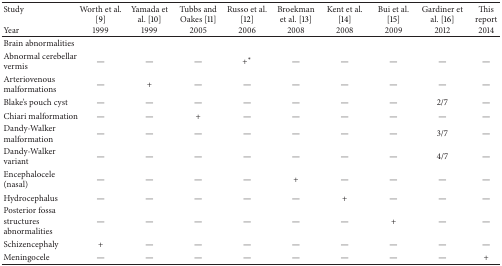
<table><thead><tr><td><b>Study</b></td><td><b>Worth et al. [9]</b></td><td><b>Yamada et al. [10]</b></td><td><b>Tubbs and Oakes [11]</b></td><td><b>Russo et al. [12]</b></td><td><b>Broekman et al. [13]</b></td><td><b>Kent et al. [14]</b></td><td><b>Bui et al. [15]</b></td><td><b>Gardiner et al. [16]</b></td><td><b>This report</b></td></tr><tr><td><b>Year</b></td><td><b>1999</b></td><td><b>1999</b></td><td><b>2005</b></td><td><b>2006</b></td><td><b>2008</b></td><td><b>2008</b></td><td><b>2009</b></td><td><b>2012</b></td><td><b>2014</b></td></tr></thead><tbody><tr><td>Brain abnormalities</td><td> </td><td> </td><td> </td><td> </td><td> </td><td> </td><td> </td><td> </td><td> </td></tr><tr><td>Abnormal cerebellar vermis </td><td>—</td><td>—</td><td>—</td><td>+<sup>*</sup></td><td>—</td><td>—</td><td>—</td><td>—</td><td>—</td></tr><tr><td>Arteriovenous malformations</td><td>—</td><td>+</td><td>—</td><td>—</td><td>—</td><td>—</td><td>—</td><td>—</td><td>—</td></tr><tr><td>Blake&#x27;s pouch cyst</td><td>—</td><td>—</td><td>—</td><td>—</td><td>—</td><td>—</td><td>—</td><td>2/7</td><td>—</td></tr><tr><td>Chiari malformation</td><td>—</td><td>—</td><td>+</td><td>—</td><td>—</td><td>—</td><td>—</td><td>—</td><td>—</td></tr><tr><td>Dandy-Walker malformation</td><td>—</td><td>—</td><td>—</td><td>—</td><td>—</td><td>—</td><td>—</td><td>3/7</td><td>—</td></tr><tr><td>Dandy-Walker variant</td><td>—</td><td>—</td><td>—</td><td>—</td><td>—</td><td>—</td><td>—</td><td>4/7</td><td>—</td></tr><tr><td>Encephalocele (nasal)</td><td>—</td><td>—</td><td>—</td><td>—</td><td>+</td><td>—</td><td>—</td><td>—</td><td>—</td></tr><tr><td>Hydrocephalus</td><td>—</td><td>—</td><td>—</td><td>—</td><td>—</td><td>+</td><td>—</td><td>—</td><td>—</td></tr><tr><td>Posterior fossa structures abnormalities</td><td>—</td><td>—</td><td>—</td><td>—</td><td>—</td><td>—</td><td>+</td><td>—</td><td>—</td></tr><tr><td>Schizencephaly</td><td>+</td><td>—</td><td>—</td><td>—</td><td>—</td><td>—</td><td>—</td><td>—</td><td>—</td></tr><tr><td>Meningocele</td><td>—</td><td>—</td><td>—</td><td>—</td><td>—</td><td>—</td><td>—</td><td>—</td><td>+</td></tr></tbody></table>